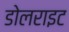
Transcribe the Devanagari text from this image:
डोलराइट